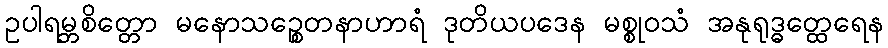
ဥပါရမ္ဘစိတ္တော မနောသဉ္စေတနာဟာရံ ဒုတိယပဒေန မစ္စုဝသံ အနုရုဒ္ဓတ္ထေရေန